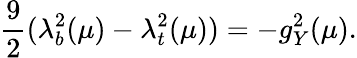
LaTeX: \frac{9}{2}(\lambda_{b}^{2}(\mu)-\lambda_{t}^{2}(\mu))=-g_{Y}^{2}(\mu).